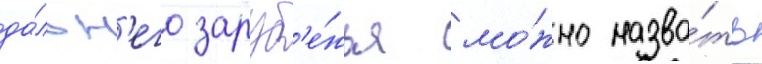
да́льн'его заруб'е́жья мо́жно назва́ть